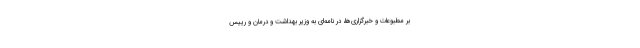
بر مطبوعات و خبرگزاری‌ها، در نامه‌ای به وزیر بهداشت و درمان و رییس